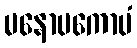
မနောပကောပံ